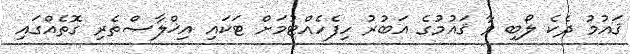
ޤައުމު ދެކެ ލޯބި ވާ ޤައުމުގެ އަބުރު ހިފެހެއްޓުމަށް ޓަކައި އިޚްލާޞްތެރި ގޮތެއްގައި